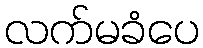
လက်မခံပေ